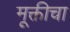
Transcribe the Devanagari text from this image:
मूक्तीचा